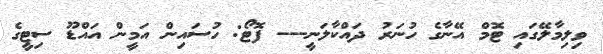
ވިލިމާލޭގައި ޓޮމް އޭނާގެ ހުނަރު ދައްކާލަނީ--- ފޮޓޯ: ހުސައިން އަމީން އައްޑޫ ސިޓީގެ